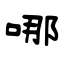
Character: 哪